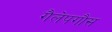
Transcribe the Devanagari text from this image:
गैलेपगौस